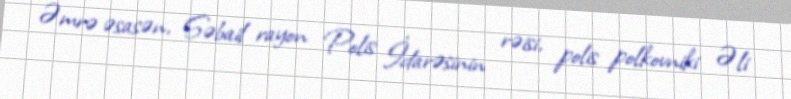
Əmrə əsasən, Səbail rayon Polis İdarəsinin rəisi, polis polkovniki Əli